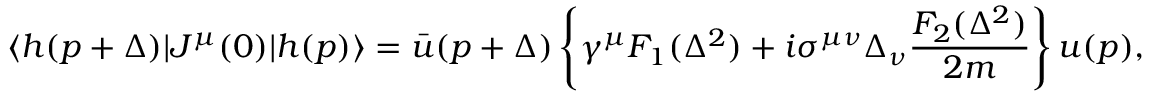
\langle h ( p + \Delta ) \vert J ^ { \mu } ( 0 ) \vert h ( p ) \rangle = \bar { u } ( p + \Delta ) \left\{ \gamma ^ { \mu } F _ { 1 } ( \Delta ^ { 2 } ) + i \sigma ^ { \mu \nu } \Delta _ { \nu } \frac { F _ { 2 } ( \Delta ^ { 2 } ) } { 2 m } \right\} u ( p ) ,